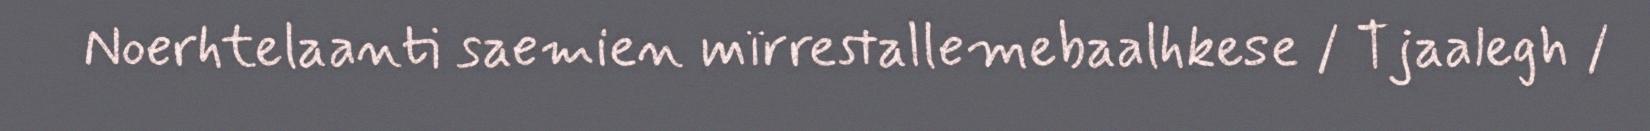
Noerhtelaanti saemien mïrrestallemebaalhkese / Tjaalegh /